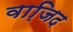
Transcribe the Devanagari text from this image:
वाजि़द